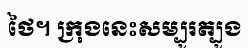
ថៃ។ ក្រុងនេះសម្បូរត្បូង